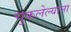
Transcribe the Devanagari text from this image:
चुकलेल्यांना